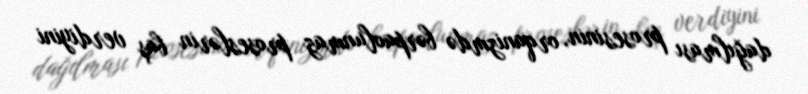
dağılması prosesinin, orqanizmdə bərpaolunmaz proseslərin baş verdiyini